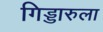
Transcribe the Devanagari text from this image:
गिड्डारुला